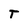
Character: T